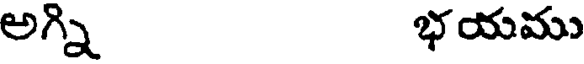
అగ్ని భయము